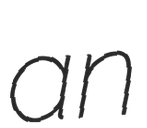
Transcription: an